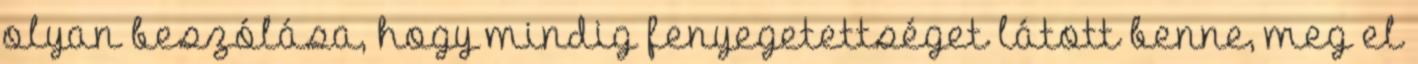
olyan beszólása, hogy mindig fenyegetettséget látott benne, meg el